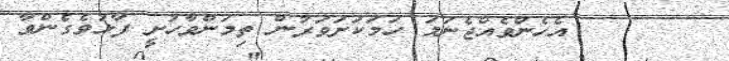
٢٤      އެހެންވެއްޖެނަމަ ހަމަކަށަވަރުން ތިމަންވާހުށީ ފާޅުވެގެންވާ